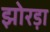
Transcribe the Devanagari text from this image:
झोरड़ा